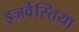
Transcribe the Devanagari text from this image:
इजवेस्तिया